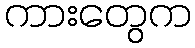
ကားတွေက